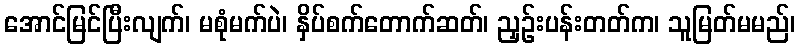
အောင်မြင်ပြီးလျက်၊ မစုံမက်ပဲ၊ နှိပ်စက်တောက်ဆတ်၊ ညှဉ်းပန်းတတ်က၊ သူမြတ်မမည်၊